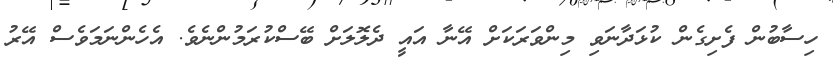
ހިސާބުން ފެށިގެން ކުޅަދާނަވި މިންވަރަކަށް އޭނާ އައީ ދެެލޮލަށް ބޭސްކުރަމުންނެވެެ. އެެެހެެންނަމަވެސް އޭރު